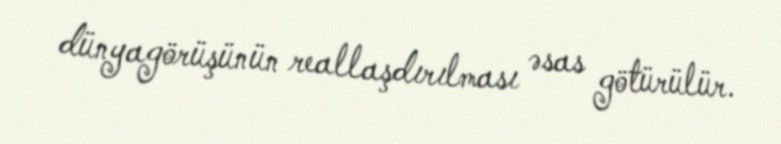
dünyagörüşünün reallaşdırılması əsas götürülür.